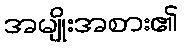
အမျိုးအစား၏